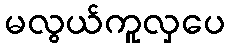
မလွယ်ကူလှပေ